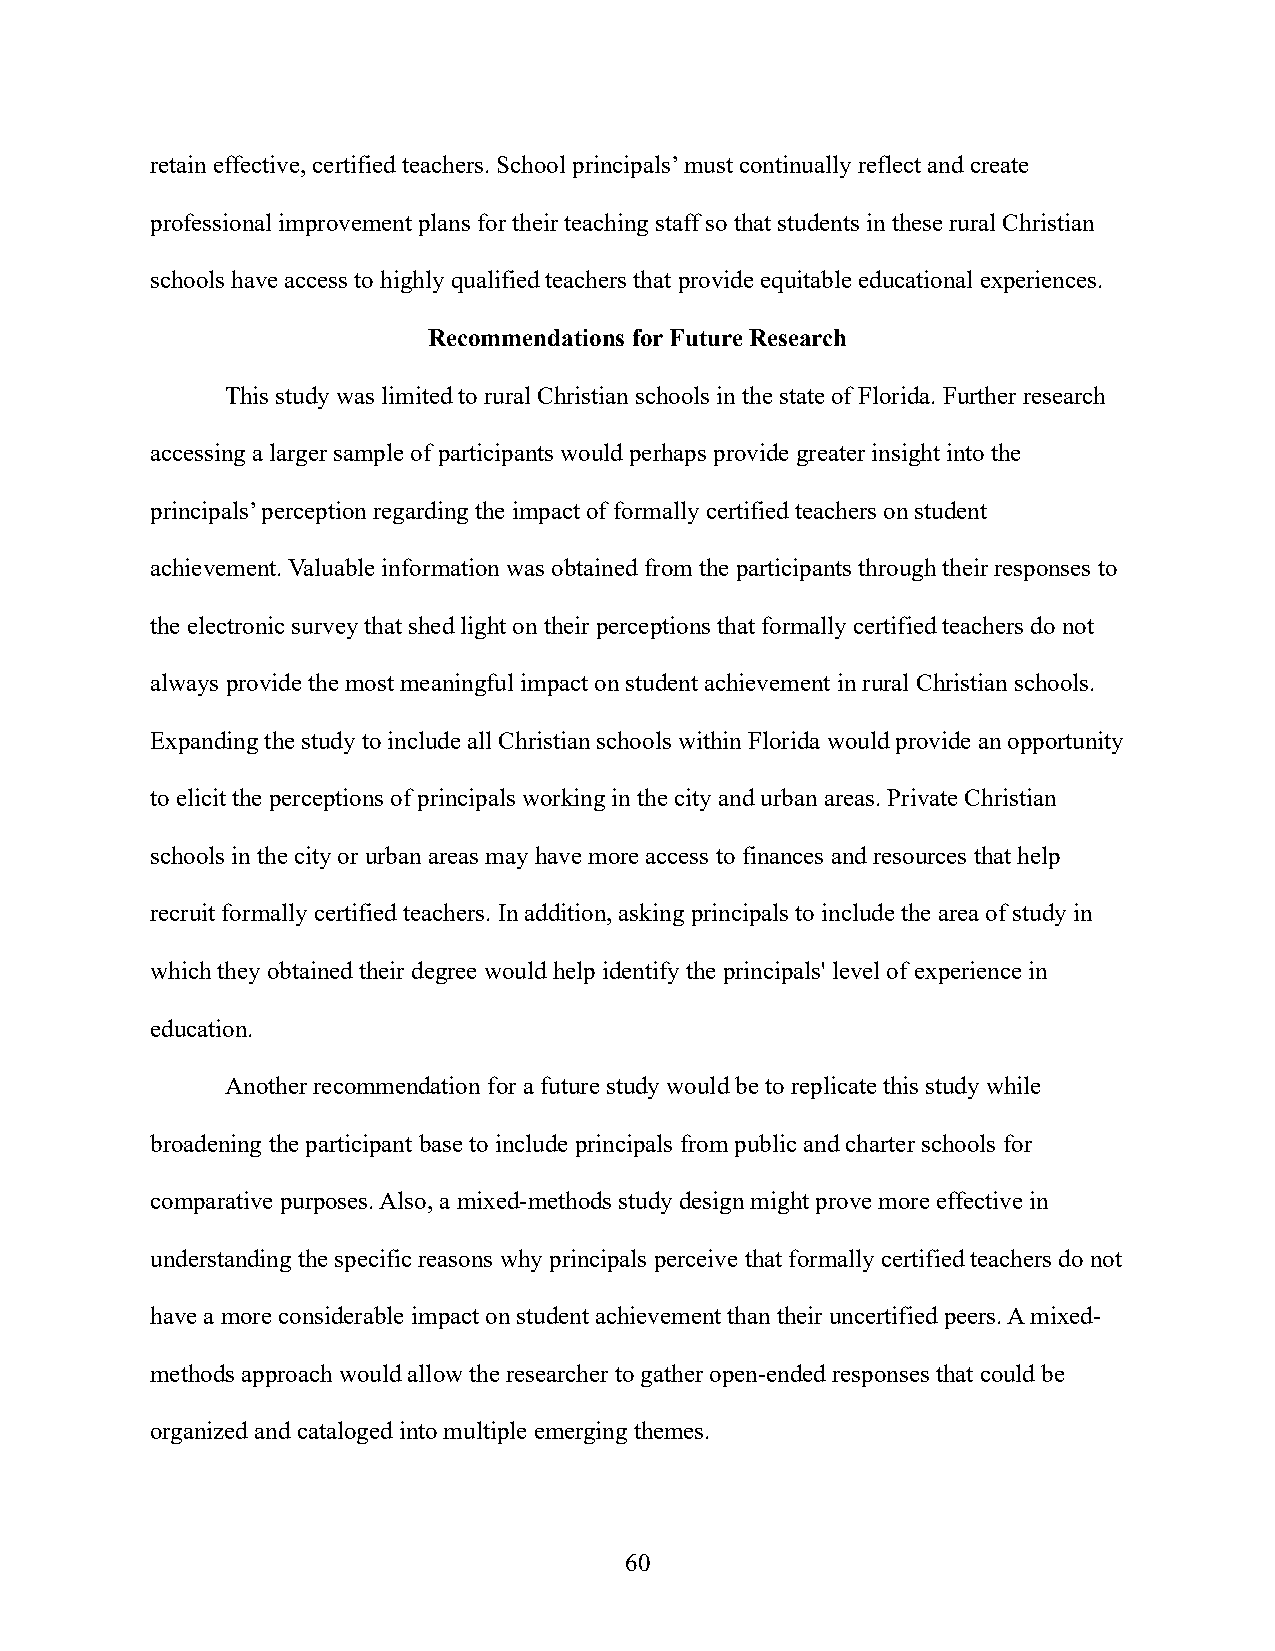
retain effective, certified teachers. School principals’ must continually reflect and create
 professional improvement plans for their teaching staff so that students in these rural Christian
 schools have access to highly qualified teachers that provide equitable educational experiences.
 Recommendations for Future Research
 This study was limited to rural Christian schools in the state of Florida. Further research
 accessing a larger sample of participants would perhaps provide greater insight into the
 principals’ perception regarding the impact of formally certified teachers on student
 achievement. Valuable information was obtained from the participants through their responses to
 the electronic survey that shed light on their perceptions that formally certified teachers do not
 always provide the most meaningful impact on student achievement in rural Christian schools.
 Expanding the study to include all Christian schools within Florida would provide an opportunity
 to elicit the perceptions of principals working in the city and urban areas. Private Christian
 schools in the city or urban areas may have more access to finances and resources that help
 recruit formally certified teachers. In addition, asking principals to include the area of study in
 which they obtained their degree would help identify the principals' level of experience in
 education.
 Another recommendation for a future study would be to replicate this study while
 broadening the participant base to include principals from public and charter schools for
 comparative purposes. Also, a mixed-methods study design might prove more effective in
 understanding the specific reasons why principals perceive that formally certified teachers do not
 have a more considerable impact on student achievement than their uncertified peers. A mixed-
 methods approach would allow the researcher to gather open-ended responses that could be
 organized and cataloged into multiple emerging themes.
 60